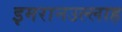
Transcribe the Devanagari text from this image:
इमरानउल्लाह